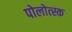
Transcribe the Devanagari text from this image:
पोलोत्स्क